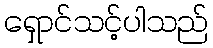
ရှောင်သင့်ပါသည်